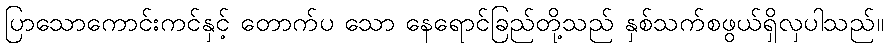
ပြာသောကောင်းကင်နှင့် တောက်ပ သော နေရောင်ခြည်တို့သည် နှစ်သက်စဖွယ်ရှိလှပါသည်။